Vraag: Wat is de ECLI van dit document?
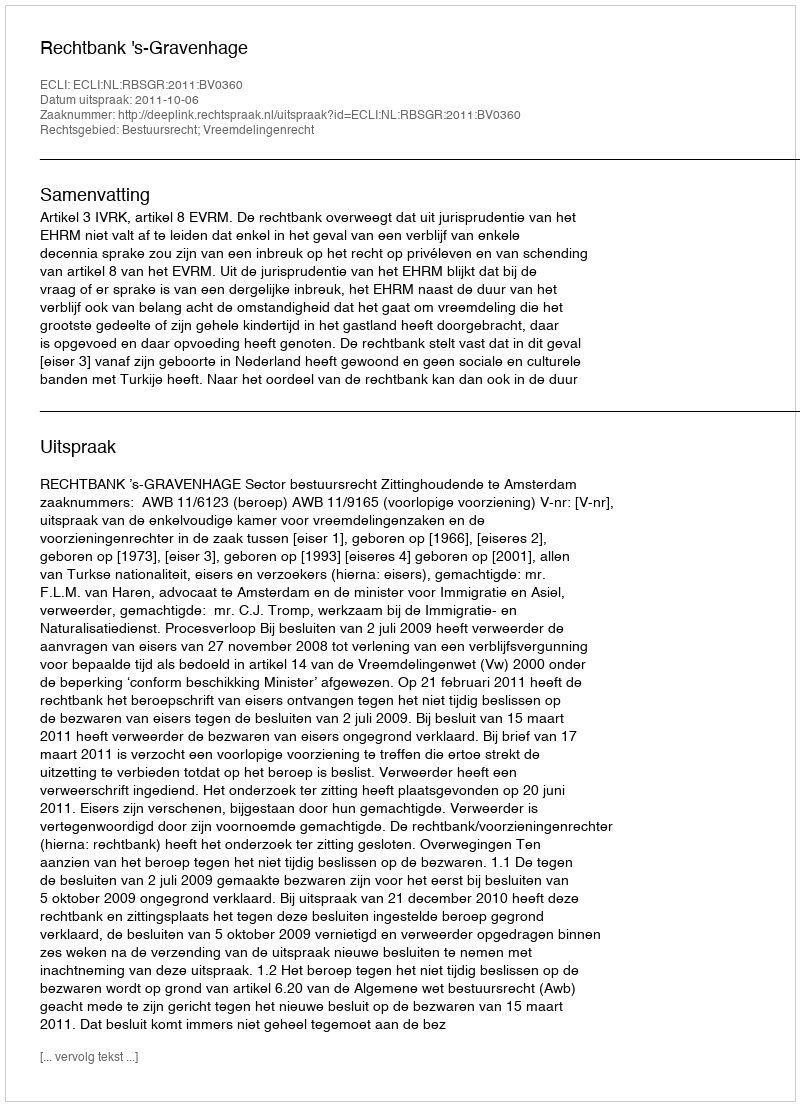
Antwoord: ECLI:NL:RBSGR:2011:BV0360